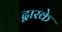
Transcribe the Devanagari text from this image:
द्वारके